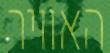
האוויר